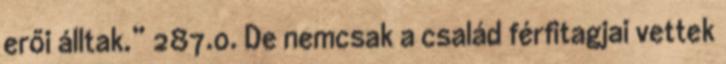
erői álltak.” 287.o. De nemcsak a család férfitagjai vettek